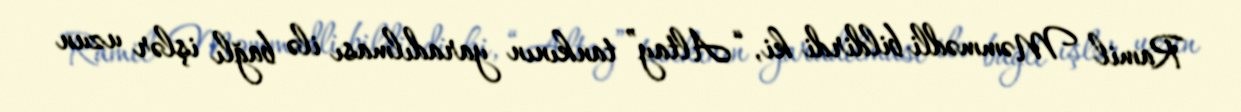
Ramil Məmmədli bildirdi ki, “Altay” tankının yaradılması ilə bağlı işlər uzun